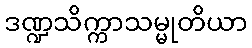
ဒဏ္ဍသိက္ကာသမ္မုတိယာ